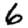
Digit: 6